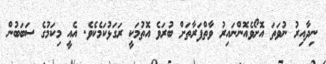
ނިދާއިރު ނުވަތަ އޮށޯވެއޮންނައިރު ވާތްފަރާތަށް ބުރަވެ އޮތުމަކީ ރަގަޅުކަމެކެވެ. އެއީ މިކަމުގެ ސަބަބުން